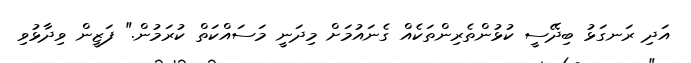
އަދި ރަނގަޅު ބިދޭސީ ކުޅުންތެރިންތަކެއް ގެނައުމަށް މިދަނީ މަސައްކަތް ކުރަމުން." ފަޒީން ވިދާޅުވި